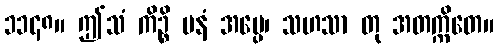
၁၁၄၈။ ဤသံ ကိဉ္စိ မနံ အပ္ပေ၊ သဟသာ တု အတက္ကိတေ။